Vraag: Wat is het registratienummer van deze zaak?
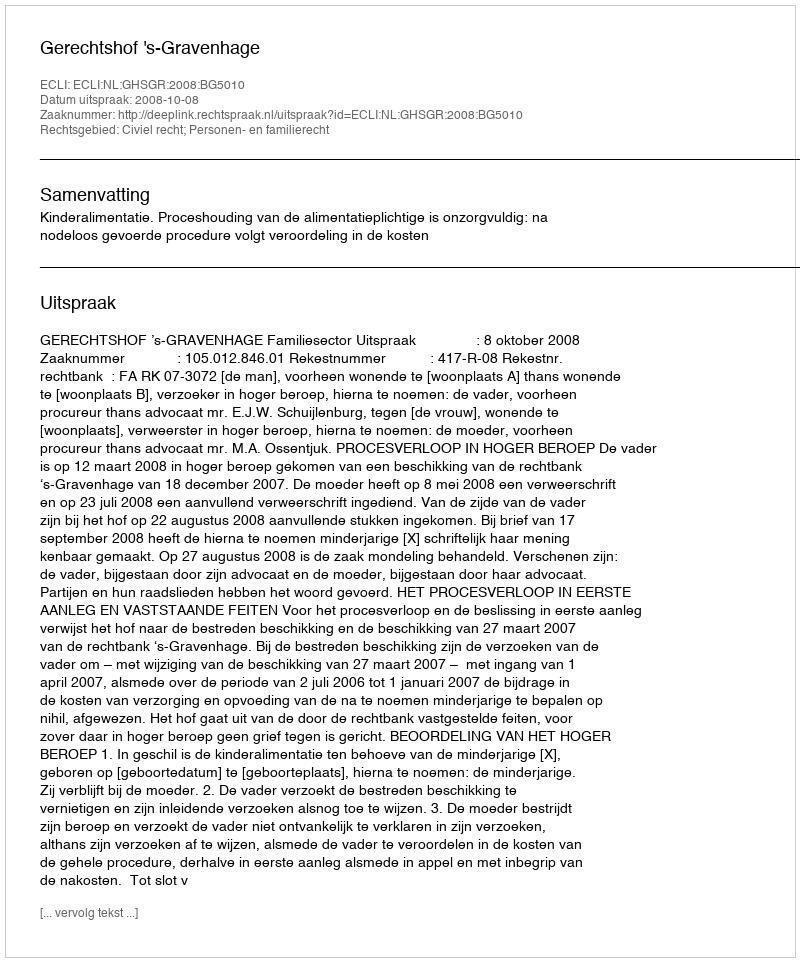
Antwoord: http://deeplink.rechtspraak.nl/uitspraak?id=ECLI:NL:GHSGR:2008:BG5010